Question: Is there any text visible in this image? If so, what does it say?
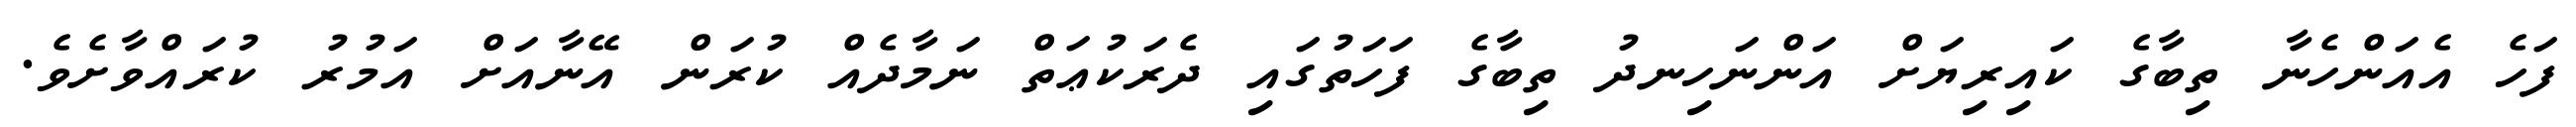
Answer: ފަހެ އެއަންހެނާ ތިބާގެ ކައިރިޔަށް އަންނަހިނދު ތިބާގެ ފަހަތުގައި ދެރަކުޢަތް ނަމާދެއް ކުރަން އޭނާއަށް އަމުރު ކުރައްވާށެވެ.